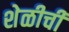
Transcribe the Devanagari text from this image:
शेळीची